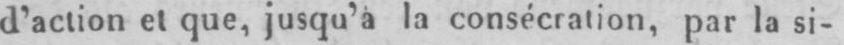
d’action et que, jusqu’a la consécration, par la si-